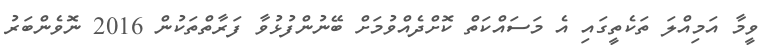
ވީމާ އަމިއްލަ ތަކެތީގައި އެ މަސައްކަތް ކޮށްދެއްވުމަށް ބޭނުންފުޅުވާ ފަރާތްތަކުން 2016 ނޮވެންބަރު